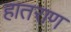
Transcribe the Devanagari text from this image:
हातराण